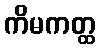
ကိမကတ္ထ